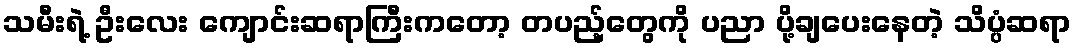
သမီးရဲ့ ဦးလေး ကျောင်းဆရာကြီးကတော့ တပည့်တွေကို ပညာ ပို့ချပေးနေတဲ့ သိပ္ပံဆရာ